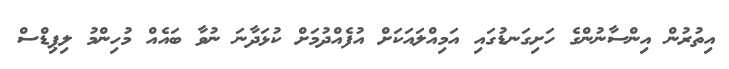
އިތުރުން އިންސާނުންގެ ހަށިގަނޑުގައި އަމިއްލައަކަށް އުފެއްދުމަށް ކުޅަދާނަ ނުވާ ބައެއް މުހިންމު ލިޕިޑްސް